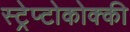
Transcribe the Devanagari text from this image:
स्ट्रेप्टोकोक्की